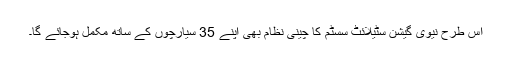
اس طرح نیوی گیشن سٹیلائٹ سسٹم کا چینی نظام بھی اپنے 35 سیارچوں کے ساتھ مکمل ہوجائے گا۔